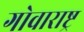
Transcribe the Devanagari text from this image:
गोवाराष्ट्र